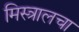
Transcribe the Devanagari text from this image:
मिस्त्रालचा